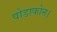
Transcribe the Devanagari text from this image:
वोडाफोन।